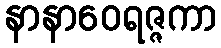
နာနာဝေရဇ္ဇကာ